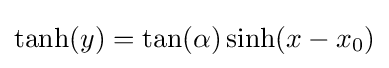
\tanh(y)=\tan(\alpha )\sinh(x-x_{0})